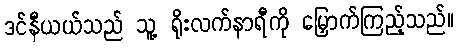
ဒင်နီယယ်သည် သူ့ ရိုးလက်နာရီကို မြှောက်ကြည့်သည်။